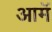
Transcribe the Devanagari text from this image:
आमॅ